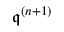
{ \mathfrak { q } } ^ { ( n + 1 ) }